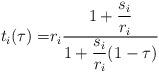
LaTeX: \begin{align*}t_i(\tau) =& r_i \frac{\displaystyle 1 + \frac{s_i}{r_i}}{\displaystyle 1 + \frac{s_i}{r_i}(1-\tau)}\end{align*}